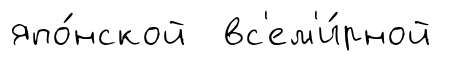
япо́нской вс'ем'и́рной